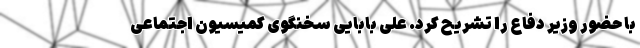
با حضور وزیر دفاع را تشریح کرد. علی بابایی سخنگوی کمیسیون اجتماعی